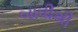
બાવીશી